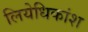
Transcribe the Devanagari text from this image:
लियेधिकांश